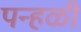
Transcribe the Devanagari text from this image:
पन्हळी